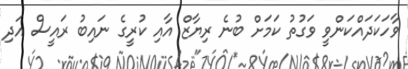
ވާހަކަދައްކަންވީ ވަގުތު ކަމަށް ބުނެ ރިޔާޒް އާއި ކުރީގެ ނައިބު ރައީސް އަދި